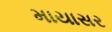
માયાસર